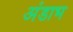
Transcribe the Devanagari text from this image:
अंडाभ